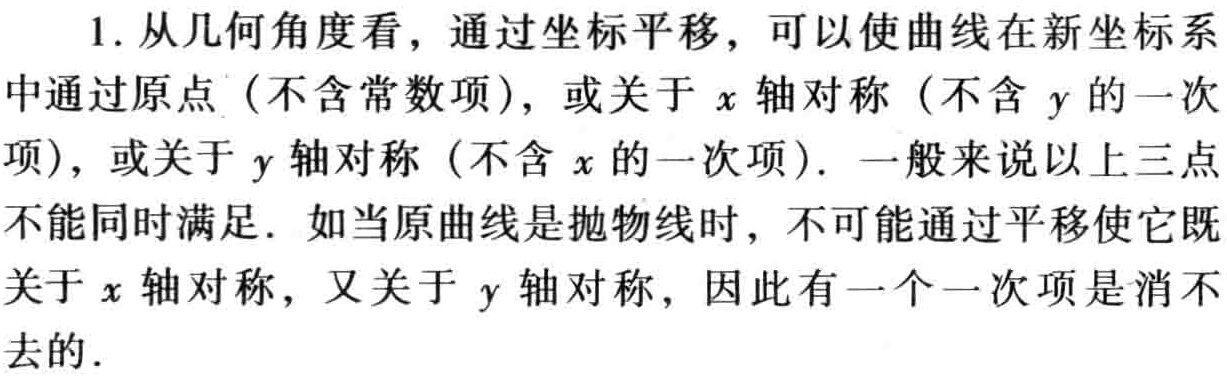
1. 从几何角度看，通过坐标平移，可以使曲线在新坐标系中通过原点（不含常数项），或关于 \(x\) 轴对称（不含 \(y\) 的一次项），或关于 \(y\) 轴对称（不含 \(x\) 的一次项）. 一般来说以上三点不能同时满足. 如当原曲线是抛物线时，不可能通过平移使它既关于 \(x\) 轴对称，又关于 \(y\) 轴对称，因此有一个一次项是消不去的.